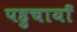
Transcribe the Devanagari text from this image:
पहुचायाँ